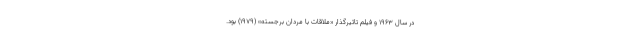
در سال ۱۹۶۳ و فیلم تاثیرگذار «ملاقات با مردان برجسته» (۱۹۷۹) بود.